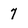
Character: 7